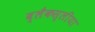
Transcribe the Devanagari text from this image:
ब्लैकस्लीया